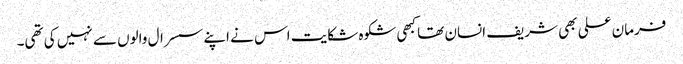
فرمان علی بھی شریف انسان تھا کبھی شکوہ شکایت اس نے اپنے سسرال والوں سے نہیں کی تھی۔